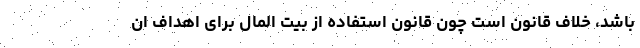
باشد، خلاف قانون است چون قانون استفاده از بیت المال برای اهداف ان